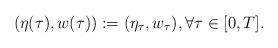
LaTeX: \begin{align*}(\eta(\tau),w(\tau)):=(\eta_\tau,w_\tau), \forall \tau \in [0,T].\end{align*}